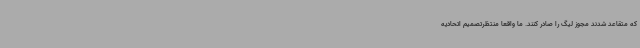
که متقاعد شدند مجوز لیگ را صادر کنند. ما واقعا منتظرتصمیم اتحادیه